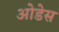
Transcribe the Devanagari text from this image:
ओडेस